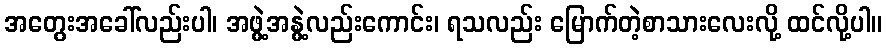
အတွေးအခေါ်လည်းပါ၊ အဖွဲ့အနွဲ့လည်းကောင်း၊ ရသလည်း မြောက်တဲ့စာသားလေးလို့ ထင်လို့ပါ။